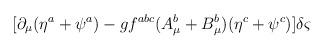
LaTeX: \begin{align*}[\partial _{\mu }(\eta ^{a}+\psi ^{a})-gf^{abc}(A^{b}_{\mu }+B^{b}_{\mu })(\eta ^{c}+\psi ^{c})]\delta \varsigma\end{align*}